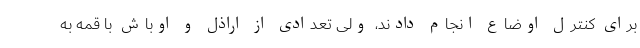
برای کنترل اوضاع انجام دادند، ولی تعدادی از اراذل و اوباش با قمه به